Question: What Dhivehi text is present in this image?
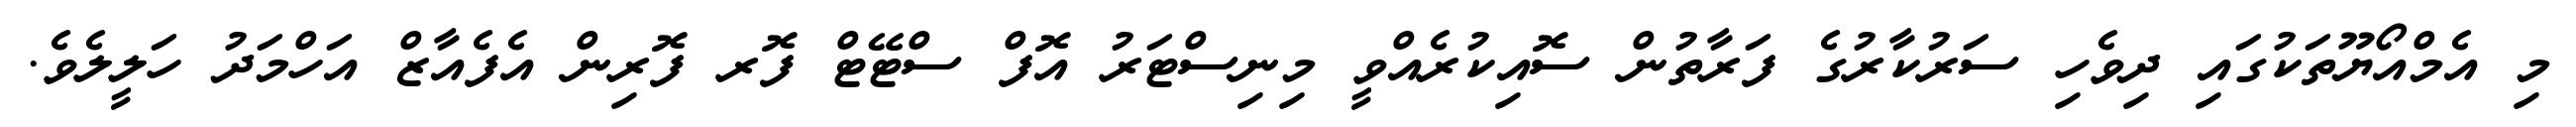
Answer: މި އެމްއޯޔޫތަކުގައި ދިވެހި ސަރުކާރުގެ ފަރާތުން ސޮއިކުރެއްވީ މިނިސްޓަރު އޮފް ސްޓޭޓް ފޮރ ފޮރިން އެފެއާޒް އަހްމަދު ހަލީލެވެ.